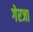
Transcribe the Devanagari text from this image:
गेरजा